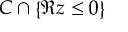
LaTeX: C \cap \left\{ \Re z \leq 0 \right\}